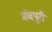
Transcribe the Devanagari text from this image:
मंचपुरी